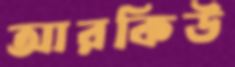
আরকিউ